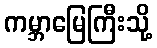
ကမ္ဘာမြေကြီးသို့